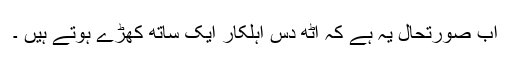
اب صورتحال یہ ہے کہ آٹھ دس اہلکار ایک ساتھ کھڑے ہوتے ہیں ۔